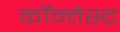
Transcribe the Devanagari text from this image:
कॉन्तेस्ट